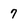
Character: 7